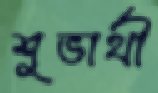
শুভার্থী